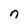
Character: n